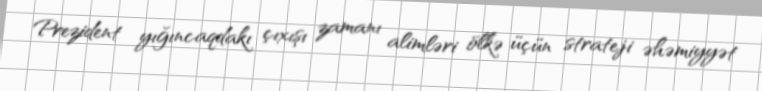
Prezident yığıncaqdakı çıxışı zamanı alimləri ölkə üçün strateji əhəmiyyət